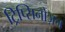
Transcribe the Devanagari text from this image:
ट्रिप्सिनोज़न